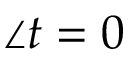
\angle t = 0